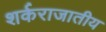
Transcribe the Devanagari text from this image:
शर्कराजातीय